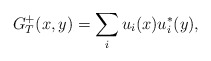
\begin{align*}G_{T}^{+}(x,y)=\sum_iu_i(x)u^*_i(y),\end{align*}